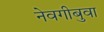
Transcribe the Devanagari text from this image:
नेवगीबुवा